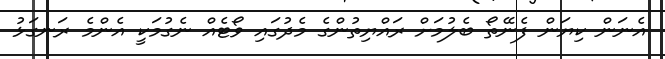
އެނަން ކިޔަން ފެނޭތޯ ބެލުމަށް ރައްޔިތުންގެ މެދުގައި ވޯޓެއް ނެގުމަކީ އެންމެ ރަނގަޅު